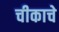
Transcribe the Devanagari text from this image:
चीकाचे